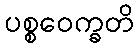
ပစ္စဝေက္ခတိ